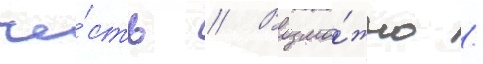
че́сть // Возмо́жно /